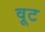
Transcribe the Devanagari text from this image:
वूट